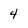
Character: 4